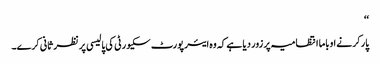
‘‘
پارکر نے اوباما انتظامیہ پر زور دیا ہے کہ وہ ایئر پورٹ سکیورٹی کی پالیسی پر نظر ثانی کرے۔